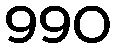
990